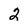
Character: 2